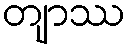
တျာဿ